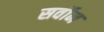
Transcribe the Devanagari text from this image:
सर्वोन